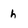
Character: h